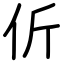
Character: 伒